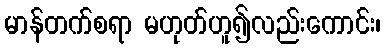
မာန်တက်စရာ မဟုတ်ဟူ၍လည်းကောင်း၊